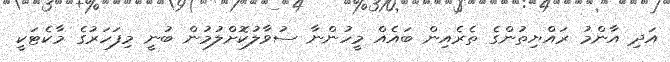
އަދި އާންމު ރައްޔިތުންގެ ތެރެއިން ބައެއް މީހުންނާ ސުވާލުކޮށްލުމުން ބުނީ މިފަހަރުގެ މާކެޓަކީ